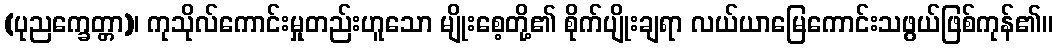
(ပုညက္ခေတ္တာ)၊ ကုသိုလ်ကောင်းမှုတည်းဟူသော မျိုးစေ့တို့၏ စိုက်ပျိုးချရာ လယ်ယာမြေကောင်းသဖွယ်ဖြစ်ကုန်၏။